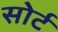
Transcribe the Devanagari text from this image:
सोर्ट